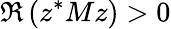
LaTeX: \Re\left(z^{*}Mz\right)>0